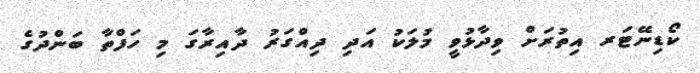
ކޯޑިނޭޓަރ އިތުރަށް ވިދާޅުވީ މުލަކު އަދި ދިއްގަރު ދާއިރާގަ މި ހަފްތާ ބަންދުގެ